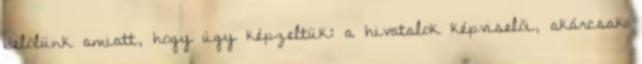
belõlünk amiatt, hogy úgy képzeltük: a hivatalok képviselõi, akárcsak